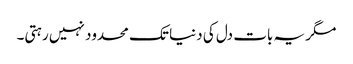
مگر یہ بات دل کی دنیا تک محدود نہیں رہتی۔